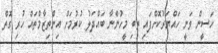
ހަސީން ވަނީ ހައްޔަރުކޮށްފައި ތިބި މީހުންނާ ބައްދަލު ކުުރުމަށް އިންތިޒާމްތައް ހުރި ގޮތް